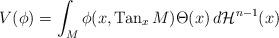
LaTeX: \begin{align*}V(\phi)=\int_{M} \phi(x,{\rm Tan}_x\, M)\Theta(x)\, d\mathcal H^{n-1}(x)\end{align*}